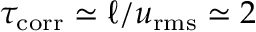
\tau _ { \mathrm { c o r r } } \simeq \ell / u _ { \mathrm { r m s } } \simeq 2